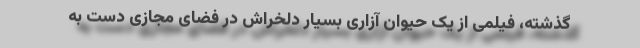
گذشته، فیلمی از یک حیوان‌ آزاری بسیار دلخراش در فضای مجازی دست‌ به‌